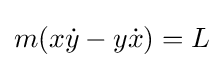
m(x{\dot {y}}-y{\dot {x}})=L